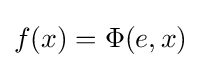
f(x)=\Phi (e,x)